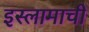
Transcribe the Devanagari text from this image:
इस्लामाची